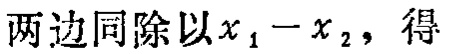
两边同除以\(x_{1}-x_{2}\)，得